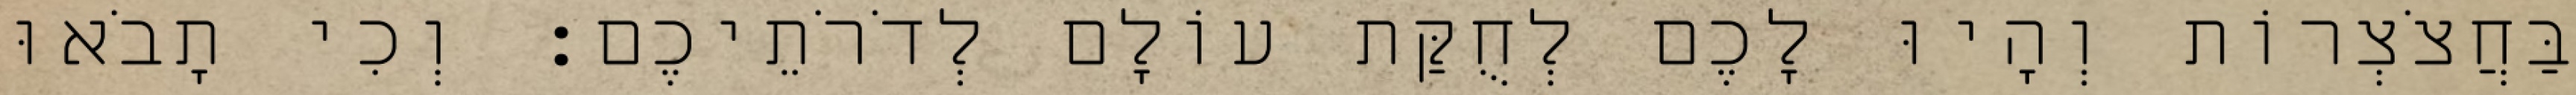
בַּחֲצֹצְרוֹת וְהָיוּ לָכֶם לְחֻקַּת עוֹלָם לְדֹרֹתֵיכֶם׃ וְכִי תָבֹאוּ